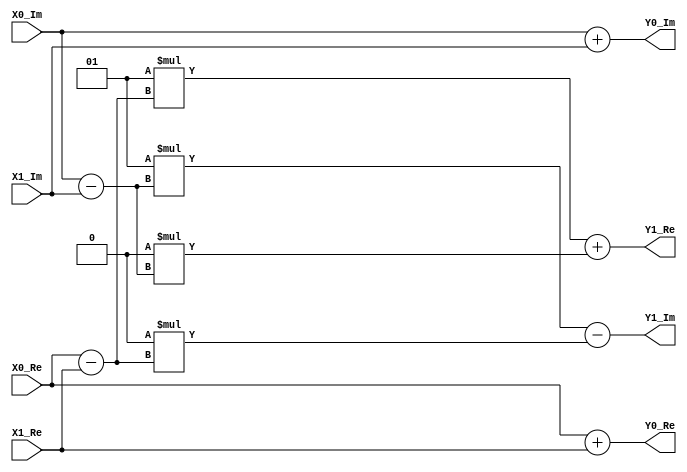
`timescale 1ns / 1ps
//////////////////////////////////////////////////////////////////////////////////
// Company: MSIS LAB
// 
//Design Name: 
// Module Name: Butterfly_Radix2 
// Project Name: 
// TargetDevices: 
// Tool versions: 
//Description: 
//
//Dependencies: 
//
// Revision: 
// Revision 0.01 - File Created
// Additional Comments: 
//
//////////////////////////////////////////////////////////////////////////////////
module Butterfly_Radix2
//=============================================================================	
//========================= ParametersDeclarations ===========================		
//=============================================================================
#(
 // The width of the input, output and twiddle factors.
 parameter DataWidth = 16
 )
//=============================================================================
//======================== InputsDeclarations ============================
//============================================================================= 
(
input  wire signed [DataWidth-1 :0] X0_Re,
input  wire signed [DataWidth-1 :0] X0_Im,
input  wire signed [DataWidth-1 :0] X1_Re,
input  wire signed [DataWidth-1 :0] X1_Im,
output wire signed [DataWidth-1 :0] Y0_Re,
output wire signed [DataWidth-1 :0] Y0_Im,
output wire signed [DataWidth-1 :0] Y1_Re,
output wire signed [DataWidth-1 :0] Y1_Im
);
// Double length product
wire signed 	[DataWidth-1:0] sin, cos;
assign sin = 0;
assign cos = 1;
//Addition Operation
wire signed [DataWidth :0] Y0_Re_Add = X0_Re + X1_Re;//xr[i1] <= xr[i1] + xr[i2];
wire signed [DataWidth :0] Y0_Im_Add = X0_Im + X1_Im;//xi[i1] <= xi[i1] + xi[i2];
//Subtraction Operation
wire signed [DataWidth-1 :0] Y0_Re_Sub = X0_Re - X1_Re;//tr = xr[i1] - xr[i2];
wire signed [DataWidth-1 :0] Y0_Im_Sub = X0_Im - X1_Im;//ti = xi[i1] - xi[i2];
//Output the Addition
assign Y0_Re = Y0_Re_Add;
assign Y0_Im = Y0_Im_Add;
//Twiddle_Factor_Cos_Sin = cos(2*pi*(1/N)*(0:N/2-1))-j*sin(2*pi*(1/N)*(0:N/2-1))
//x(n+k+(Levels/2)+1) = (A-B)*Twiddle_Factor_Level(n+1); % DIF
//Cos
wire signed [(DataWidth*2)-1 :0] Cos_Re_Mul = cos * Y0_Re_Sub;//cos_tr = cos * tr;
wire signed [(DataWidth*2)-1 :0] Cos_Im_Mul = cos * Y0_Im_Sub;//cos_ti = cos * ti; 
//Sin
wire signed [(DataWidth*2)-1 :0] Sin_Re_Mul = sin * Y0_Re_Sub;//sin_tr = sin * tr;
wire signed [(DataWidth*2)-1 :0] Sin_Im_Mul = sin * Y0_Im_Sub;//sin_ti = sin * ti;
// We take the MSB
//First Way
//assign Y1_Re [DataWidth-1 :0] = Cos_Re_Mul [(DataWidth*2)-1 :DataWidth] +  Sin_Im_Mul [(DataWidth*2)-1 :DataWidth]; //xr[i2] <= (cos_tr >>> 14) + (sin_ti >>> 14);
//assign Y1_Im [DataWidth-1 :0] = Cos_Im_Mul [(DataWidth*2)-1 :DataWidth] -  Sin_Re_Mul [(DataWidth*2)-1 :DataWidth]; //xi[i2] <= (cos_ti >>> 14) - (sin_tr >>> 14);

//Second Way
//assign Y1_Re = (Cos_Re_Mul >>> (DataWidth-2)) +  (Sin_Im_Mul >>> (DataWidth-2)); //xr[i2] <= (cos_tr >>> 14) + (sin_ti >>> 14);
//assign Y1_Im = (Cos_Im_Mul >>> (DataWidth-2)) -  (Sin_Re_Mul >>> (DataWidth-2)); //xi[i2] <= (cos_ti >>> 14) - (sin_tr >>> 14);
//assign Y1_Re = Cos_Re_Mul [DataWidth-1:0] +  Sin_Im_Mul [DataWidth-1:0]; //xr[i2] <= (cos_tr >>> 14) + (sin_ti >>> 14);
//assign Y1_Im = Cos_Im_Mul [DataWidth-1:0] -  Sin_Re_Mul [DataWidth-1:0]; //xi[i2] <= (cos_ti >>> 14) - (sin_tr >>> 14);

wire    signed  [(DataWidth*2)-1:  0 ]  Y1_Re_Add_Mul = Cos_Re_Mul +  Sin_Im_Mul ; //xr[i2] <= (cos_tr >>> 14) + (sin_ti >>> 14);
wire    signed  [(DataWidth*2)-1:  0 ]  Y1_Im_Add_Mul = Cos_Im_Mul -  Sin_Re_Mul ; //xi[i2] <= (cos_ti >>> 14) - (sin_tr >>> 14);

assign Y1_Re = Y1_Re_Add_Mul [DataWidth - 1:0]; 
assign Y1_Im = Y1_Im_Add_Mul [DataWidth - 1:0];
endmodule

//module complex_mult(
//    input   wire    signed  [ 15 :  0 ] Re_1,
//    input   wire    signed  [ 15 :  0 ] Im_1,
//    input   wire    signed  [ 11 :  0 ] Re_2,
//    input   wire    signed  [ 11 :  0 ] Im_2,
//    output  wire    signed  [ 15 :  0 ] Re_out,
//    output  wire    signed  [ 15 :  0 ] Im_out
//    );
//
//wire    signed  [ 27 :  0 ] w_Re = Re_1 * Re_2 - Im_1 * Im_2 + 16'sd512;
//wire    signed  [ 27 :  0 ] w_Im = Re_1 * Im_2 + Re_2 * Im_1 + 16'sd512;
//
//assign Re_out = w_Re[10+:16];
//assign Im_out = w_Im[10+:16];
//
//endmodule